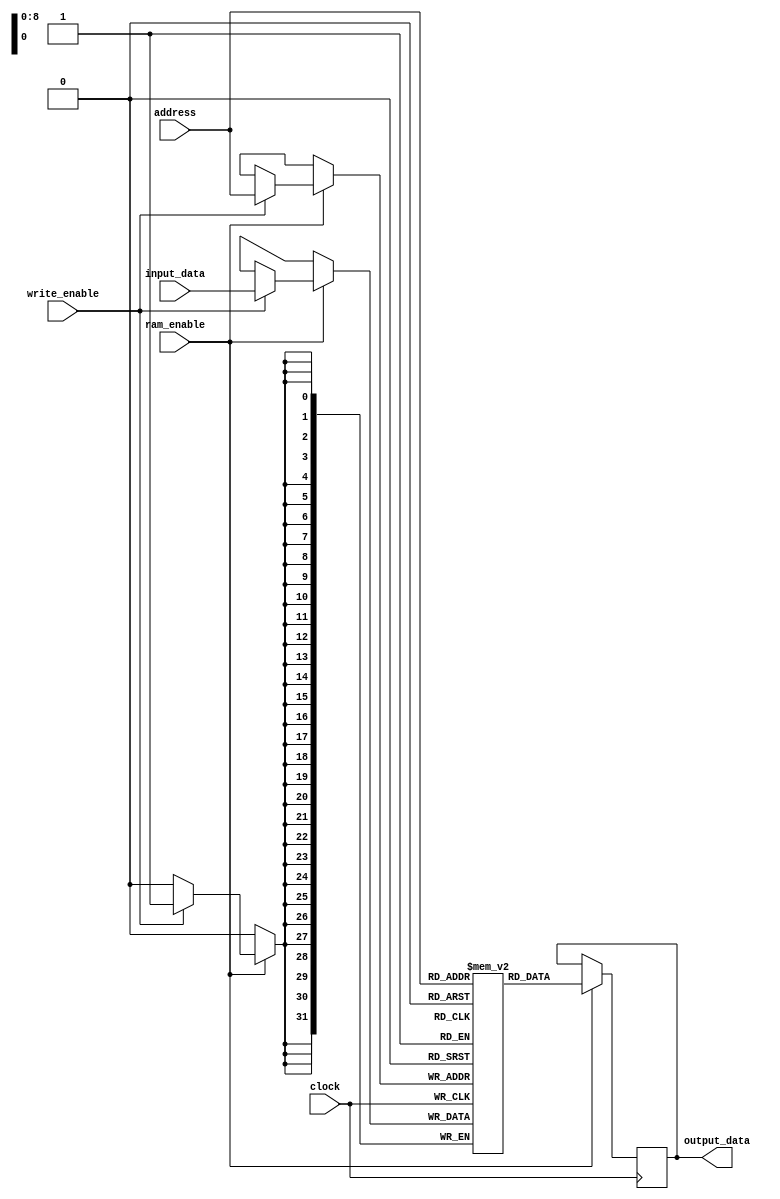
module bram
	#(
		parameter RAM_WIDTH 		= 32,
		parameter RAM_ADDR_BITS 	= 9,
		parameter INIT_START_ADDR 	= 0,
		parameter INIT_END_ADDR		= 10
	)
	(
	input							clock,
	input							ram_enable,
	input							write_enable,
    input 		[RAM_ADDR_BITS-1:0]	address,
    input 		[RAM_WIDTH-1:0] 	input_data,
	output reg 	[RAM_WIDTH-1:0] 	output_data
	);
	
   
   (* RAM_STYLE="BLOCK" *)
   reg [RAM_WIDTH-1:0] ram_name [(2**RAM_ADDR_BITS)-1:0];


   always @(posedge clock)
      if (ram_enable) begin
         if (write_enable)
            ram_name[address] <= input_data;
            output_data <= ram_name[address];
      end

endmodule